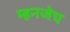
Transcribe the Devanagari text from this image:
म्हनजेच